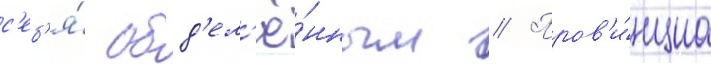
с'еб'я́ обд'ел'ё́нным // Пров'и́нциа